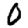
Digit: 0